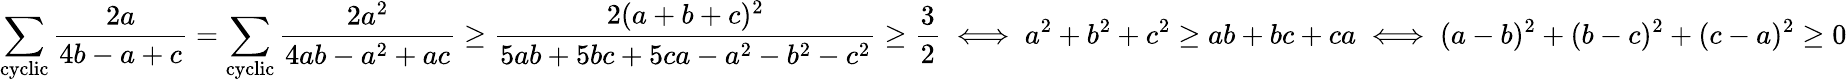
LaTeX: \displaystyle\sum_{\mathrm{cyclic}}\frac{2a}{4b-a+c}=\displaystyle\sum_{\mathrm{cyclic}}\frac{2a^{2}}{4ab-a^{2}+ac}\ge\frac{2(a+b+c)^{2}}{5ab+5bc+5ca-a^{2}-b^{2}-c^{2}}\ge\frac{3}{2}\iff a^{2}+b^{2}+c^{2}\ge ab+bc+ca\iff(a-b)^{2}+(b-c)^{2}+(c-a)^{2}\ge 0